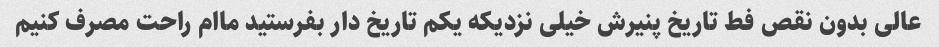
عالی بدون نقص فط تاریخ پنیرش خیلی نزدیکه یکم تاریخ دار بفرستید ماام راحت مصرف کنیم